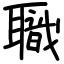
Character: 職